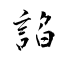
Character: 諂